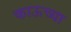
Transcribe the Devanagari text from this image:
काऊच्या